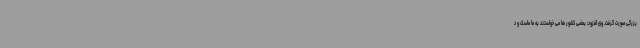
بزرگی صورت گرفت. وی افزود: بعضی کشور ها می خواستند به ما ماسک و د